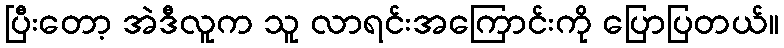
ပြီးတော့ အဲဒီလူက သူ လာရင်းအကြောင်းကို ပြောပြတယ်။